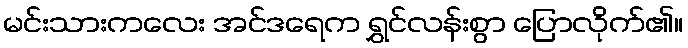
မင်းသားကလေး အင်ဒရေက ရွှင်လန်းစွာ ပြောလိုက်၏။